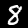
Digit: 8